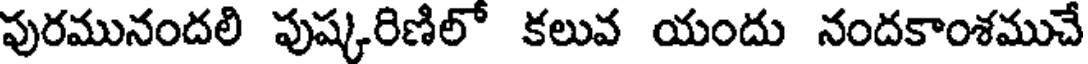
పురమునందలి పుష్కరిణిలో కలువ యందు నందకాంశముచే